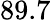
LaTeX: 89.7